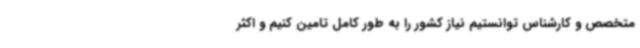
متخصص و کارشناس توانستیم نیاز کشور را به طور کامل تامین کنیم و اکثر